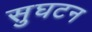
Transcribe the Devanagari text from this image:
सुघटन